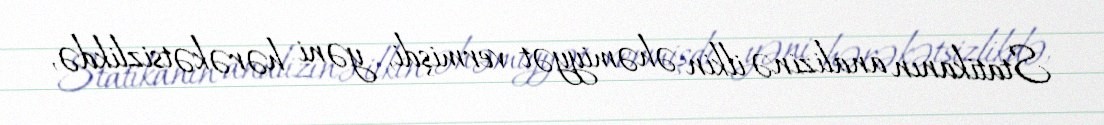
Statikanın analizinə ilkin əhəmiyyət vermişdi, yəni hərəkətsizlikdə,